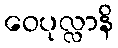
ဝေပုလ္လာနိ